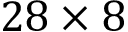
2 8 \times 8